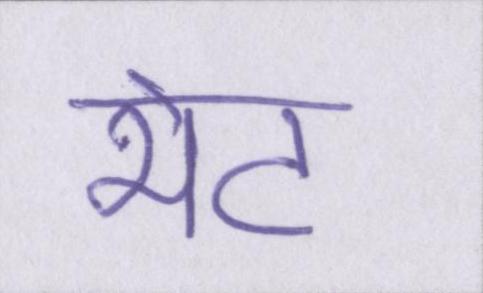
भेट